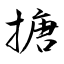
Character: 搪